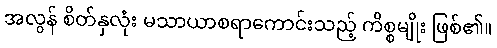
အလွန် စိတ်နှလုံး မသာယာစရာကောင်းသည့် ကိစ္စမျိုး ဖြစ်၏။